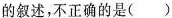
的叙述，不正确的是( )